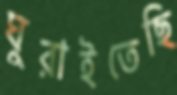
ঘুরাইতেছি